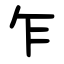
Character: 乍